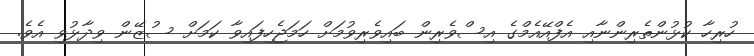
ހުރިހާ ކުޅުންތެރިންނާއި އެފްއޭއެމްގެ އިސްވެރިން ބައިވެރިވުމަށް ހަމަޖެހިފައިވާ ކަމަށް ސުޒޭން ވިދާޅުވި އެވެ.